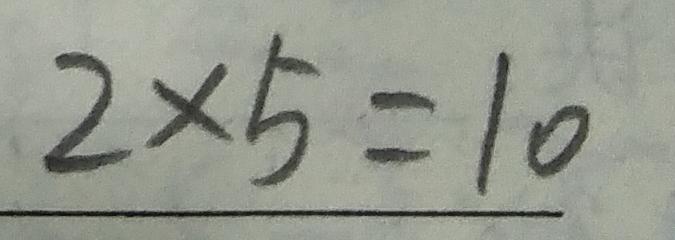
2 \times 5 = 1 0